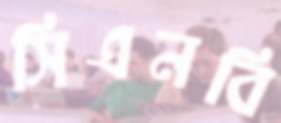
সিএনবি